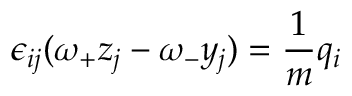
\epsilon _ { i j } ( \omega _ { + } z _ { j } - \omega _ { - } y _ { j } ) = \frac { 1 } { m } q _ { i }